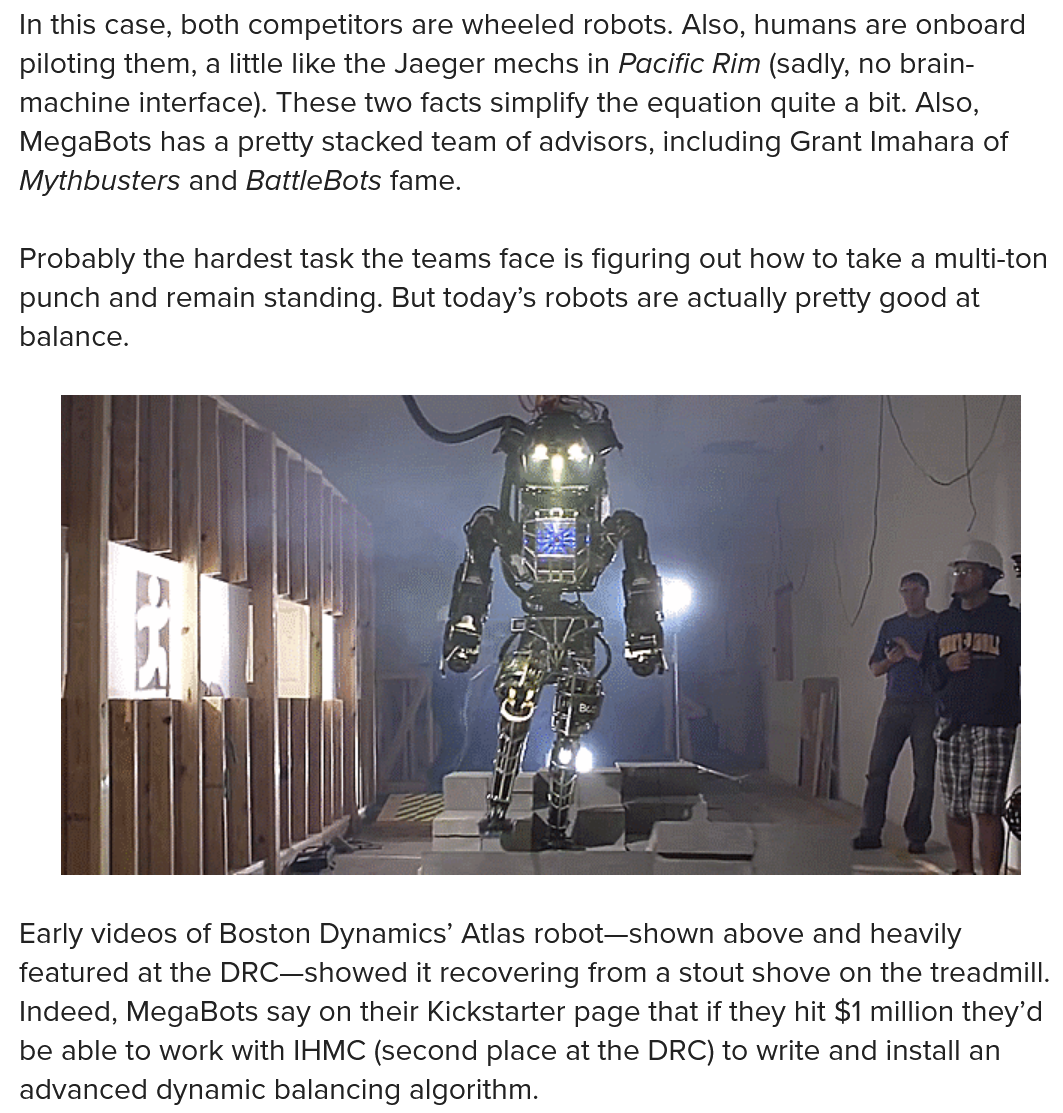
In this case, both competitors are wheeled robots. Also, humans are onboard
  piloting them,
     a
     little like the Jaeger mechs in Pacific Rim (sadly, no brain-
  machine interface). These two facts simplify the equation quite a bit. Also,
  MegaBots has a pretty stacked team of advisors, including Grant Imahara of
  Mythbusters and BattleBots fame.
  Probably the hardest task the teams face is figuring out how to take a multi-ton
  punch and remain standing. But today’s robots are actually pretty good at
  balance.

  Early videos of Boston Dynamics’ Atlas robot—shown above and heavily
  featured at the DRC—showed it recovering from a stout shove on the treadmill.
  Indeed, MegaBots say on their Kickstarter page that if they hit $1 million they’d
  be able to work with IHMC (second place at the DRC) to write and install an
  advanced dynamic balancing algorithm.